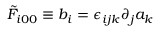
\tilde { F } _ { i 0 0 } \equiv b _ { i } = \epsilon _ { i j k } \partial _ { j } a _ { k }